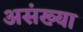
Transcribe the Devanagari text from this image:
असंख्या